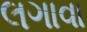
લગાવા